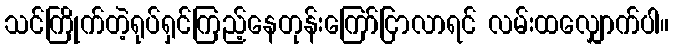
သင်ကြိုက်တဲ့ရုပ်ရှင်ကြည့်နေတုန်းကြော်ငြာလာရင် လမ်းထလျှောက်ပါ။